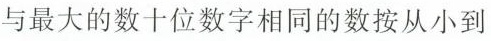
与最大的数十位数字相同的数按从小到